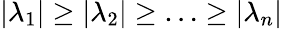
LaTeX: |\lambda_{1}|\geq|\lambda_{2}|\geq\ldots\geq|\lambda_{n}|